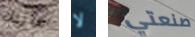
ماربل لا صنعتي